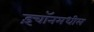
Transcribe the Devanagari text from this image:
इंचॉनमधील